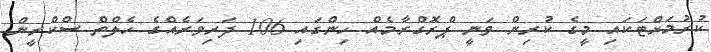
ކުރުމަށްޓަކައި މީގެ ކުރިން ވަނީ ޕްރޮގްރާމެއް ހިންގައި 106 ދަރިވަރެއްގެ ހެލްތް ސްކްރީން